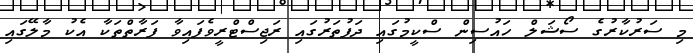
މި ސަރުކާރުގެ ސޯޝަލް ހައުސިން ސްކީމުގައި ދަފުތަރުގައި ރަޖިސްޓްރީވެފައިވާ ފަރާތްތަކާ އެކު މާލޭގައި